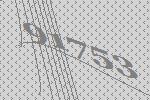
91753